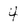
Character: 4